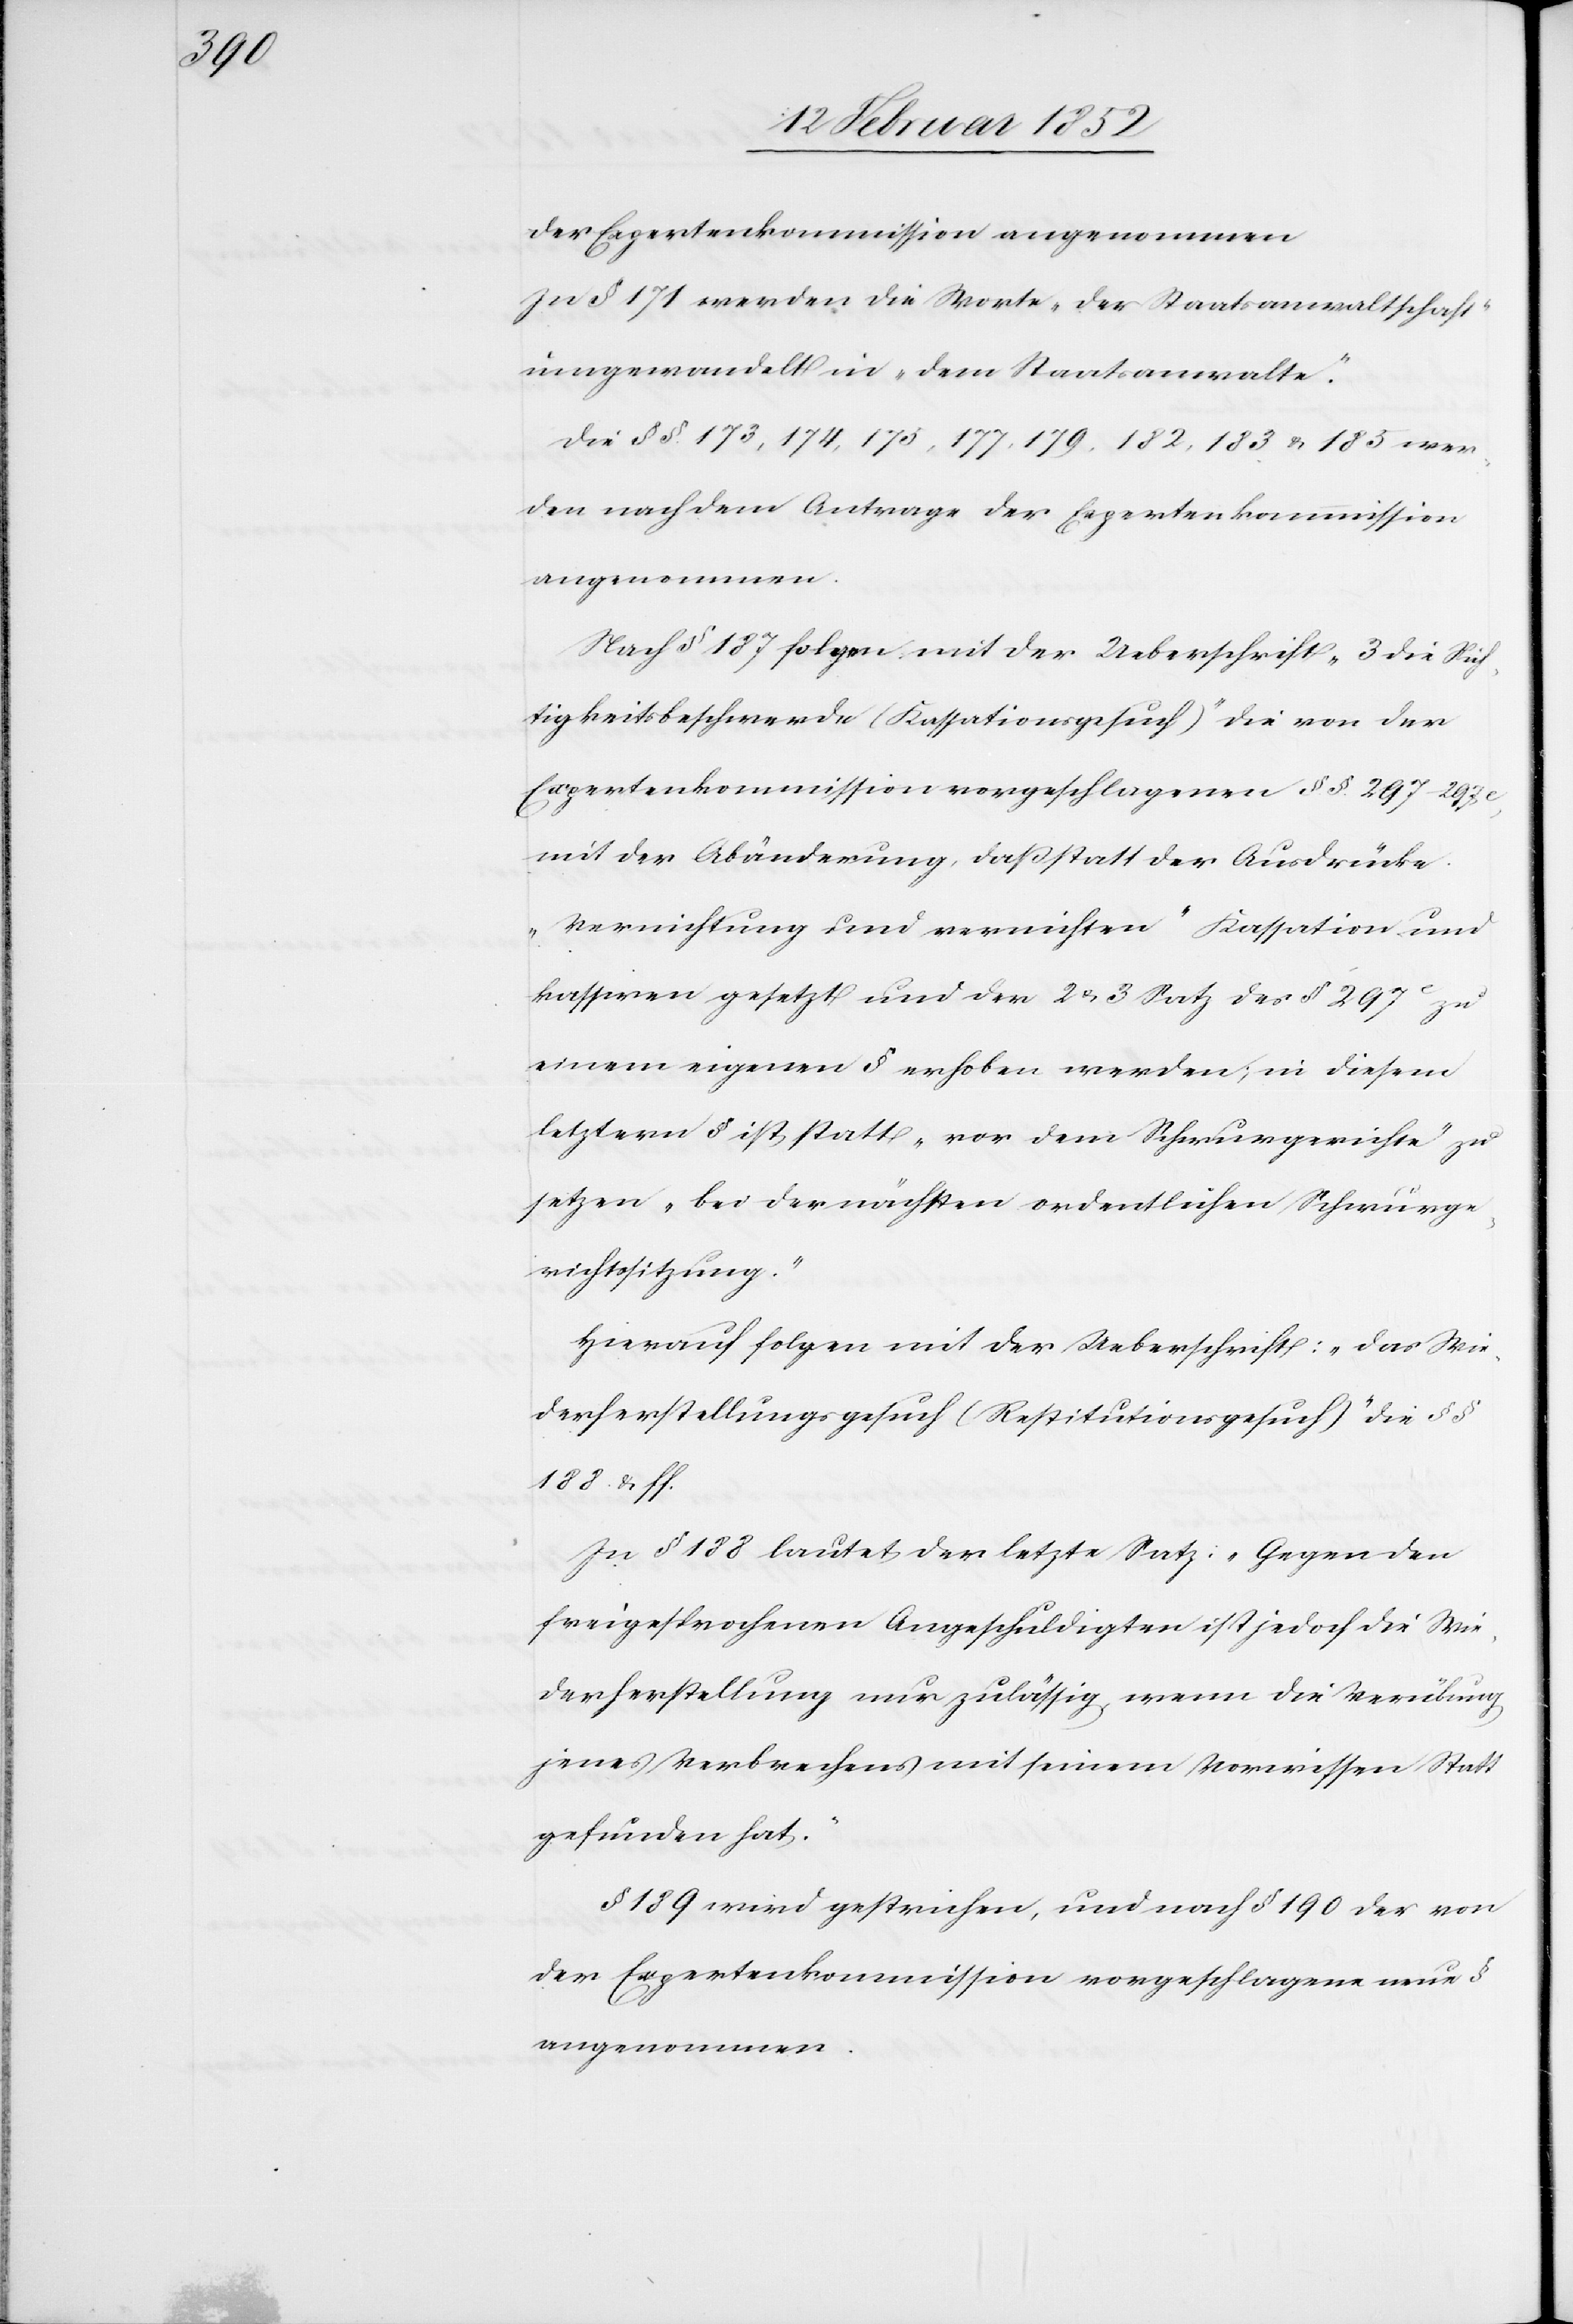
der Expertenkommission angenommen.
In § 171 werden die Worte „der Staatsanwaltschaft“
umgewandelt in „dem Staatsanwalte.“
Die §§ 173, 174, 175, 177, 179, 182, 183, u. 185 wer¬
den nach dem Antrage der Expertenkommission
Nach § 187 folgen mit der Ueberschrift „3 die Nich¬
tigkeitsbeschwerde (Kassationsgesuch)“ die von der
Expertenkommission vorgeschlagenen §§ 297–297c,
mit der Abänderung, daß statt der Ausdrücke
„Vernichtung und vernichten“ Kassation und
kassieren gesetzt und der 2 u. 3 Satz des § 297c zu
einem eigenen § erhoben werden, in diesem
letztern § ist statt „vor dem Schwurgerichte“ zu
setzen, „bei der nächsten ordentlichen Schwurge¬
richtssitzung.“
Hierauf folgen mit der Ueberschrift: „das Wie¬
derherstellungsgesuch (Restitutionsgesuch)“ die §§
188 u. s. f.
In § 188 lautet der letzte Satz: „Gegen den
freigesprochenen Angeschuldigten ist jedoch die Wie¬
derherstellung nur zulässig, wenn die Verübung
jenes Verbrechens mit seinem Vorwissen Statt
gefunden hat.“
§ 189 wird gestrichen, und nach § 190 der von
der Expertenkommission vorgeschlagene neue §
angenommen.